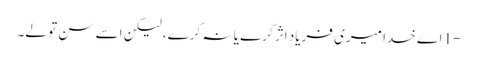
-1 اے خدا میری فریاد اثر کرے یا نہ کرے، لیکن اسے سن تو لے۔